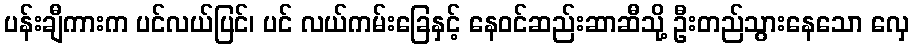
ပန်းချီကားက ပင်လယ်ပြင်၊ ပင် လယ်ကမ်းခြေနှင့် နေဝင်ဆည်းဆာဆီသို့ ဦးတည်သွားနေသော လှေ